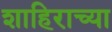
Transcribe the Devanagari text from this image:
शाहिराच्या